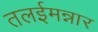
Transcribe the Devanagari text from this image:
तलईमन्नार